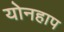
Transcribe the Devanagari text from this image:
योनहाप